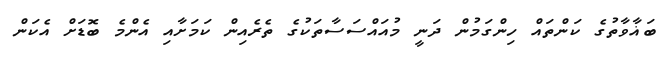
ބަޣާވާތުގެ ކަންތައް ހިންގަމުން ދަނީ މުއައްސަސާތަކުގެ ތެރެއިން ކަމަށާއި އެންމެ ބޮޑަށް އެކަން